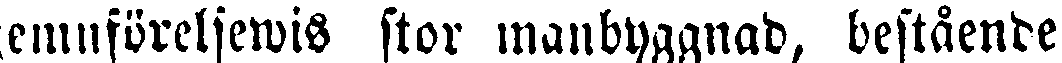
jemnförelsewis stor manbyggnad, bestående